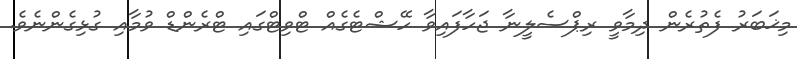
މިޚަބަރު ފެތުރެން ދިމާވީ ރިޕްސެލީނާ ޖަހާފައިވާ ހޭޝްޓެގެއް ޓްވިޓްގައި ޓްރެންޑް ވުމާއި ގުޅިގެންނެވެ.